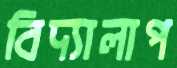
বিদ্যালাপ